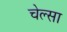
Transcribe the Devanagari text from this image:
चेल्सा